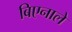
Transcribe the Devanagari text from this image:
बिएनाले